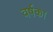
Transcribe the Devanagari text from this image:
वर्षका